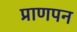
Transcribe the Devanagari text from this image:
प्राणपन